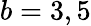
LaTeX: b=3,5